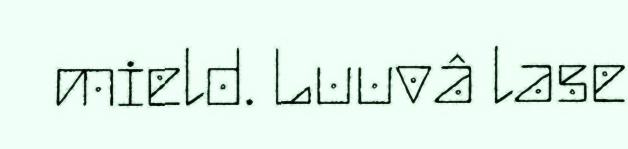
mield. Luuvâ lase